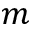
m